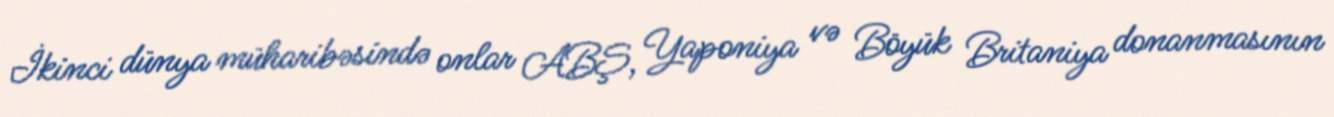
İkinci dünya müharibəsində onlar ABŞ, Yaponiya və Böyük Britaniya donanmasının